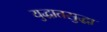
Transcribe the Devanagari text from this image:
युद्धातसुद्धा